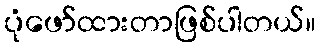
ပုံဖော်ထားတာဖြစ်ပါတယ်။